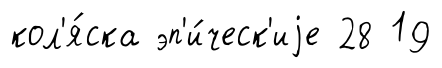
кол'я́ска эп'и́ческ'иjе 28 19